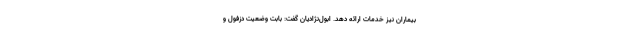
بیماران نیز خدمات ارائه دهد. ابول‌نژادیان گفت: بابت وضعیت دزفول و